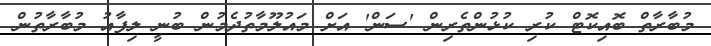
މުބާރާތް ބޮއިކޮޓް ކުރި ކުޅުންތެރިން 'ސަން' އަށް މައުލޫމާތުދެމުން ބުނީ ލިފާއު މުބާރާތުން